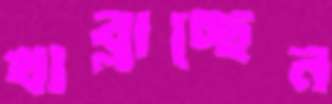
খাব্‌লাচ্ছেন